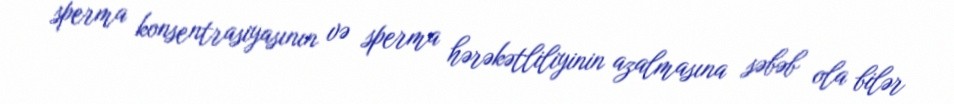
sperma konsentrasiyasının və sperma hərəkətliliyinin azalmasına səbəb ola bilər